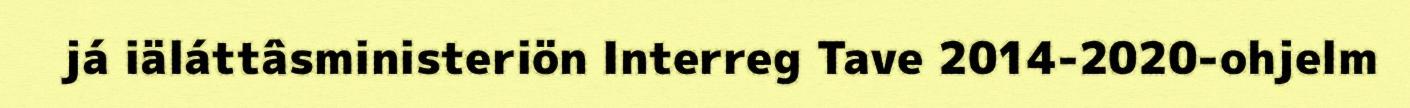
já iäláttâsministeriön Interreg Tave 2014-2020-ohjelm